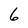
Character: 6